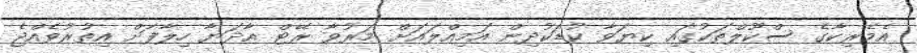
އެމެރިކާގެ ސްކޫލްތަކުގައި ކިޔަވާ ކުޑަކުދިން އަމިއްލައަށް މަރުވާ ރޭޓް އާދަޔާ ހިލާފަށް އިތުރުވެއްޖެ